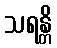
သရန္တိ